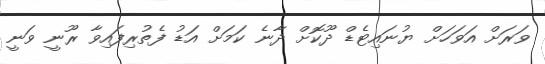
ވަރަށް އަވަހަށް ޔުނައިޓެޑް ދޫކޮށް ދާނެ ކަމަށް އަޑު ފެތުރިފައިވާ ރޫނީ ވަނީ